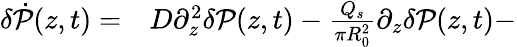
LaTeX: \begin{array}{rl}{\delta\dot{\mathcal{P}}(z,t)=}&{{}D\partial_{z}^{2}\delta\mathcal{P}(z,t)-\frac{Q_{s}}{\pi R_{0}^{2}}\partial_{z}\delta\mathcal{P}(z,t)-}\end{array}